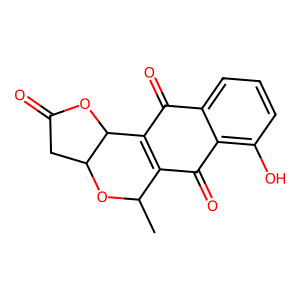
SMILES: CC1OC2CC(=O)OC2C2=C1C(=O)c1c(O)cccc1C2=O
Inhibits HIV replication: No